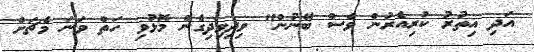
އަދި އިތުރު ކުރިއެރުން ވެސް ބޭނުން" ވިދިވިދިގެން މޮޅުވި ހަތް ވަނަ މެޗަށް